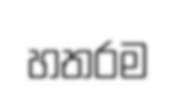
හතරම